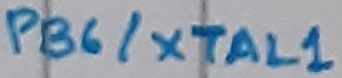
Text: PB6/XTAL1